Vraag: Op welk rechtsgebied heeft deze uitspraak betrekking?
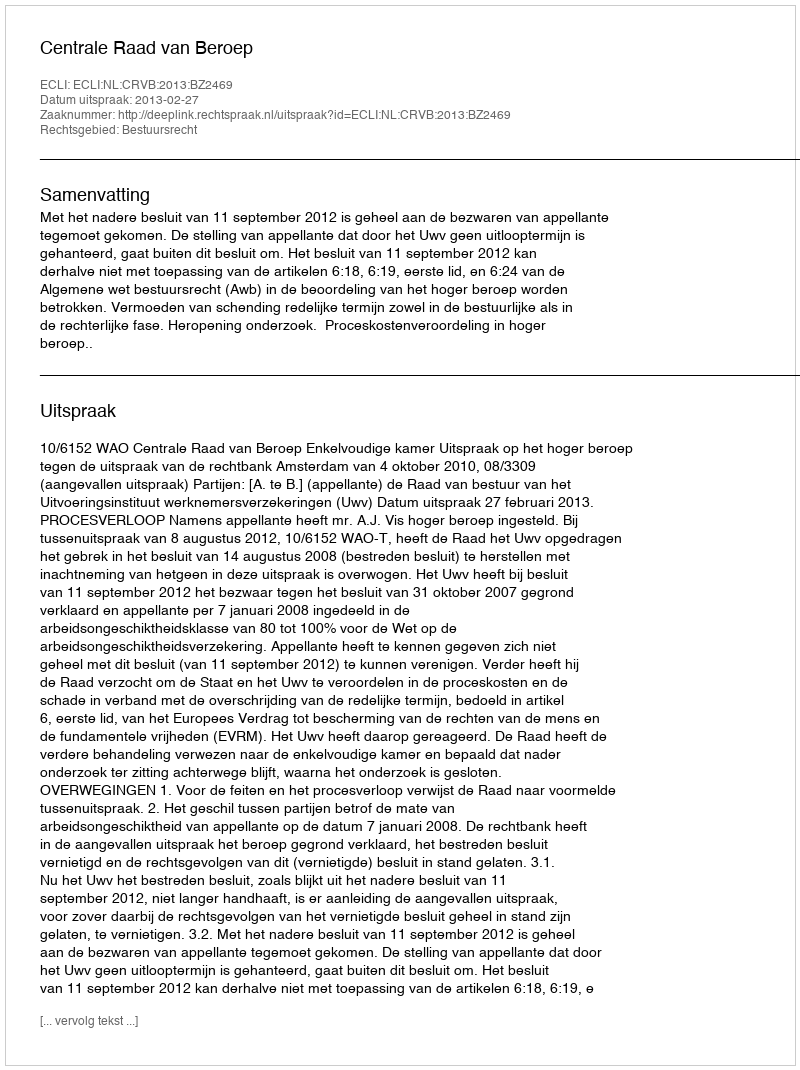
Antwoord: Bestuursrecht